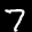
Label: 7